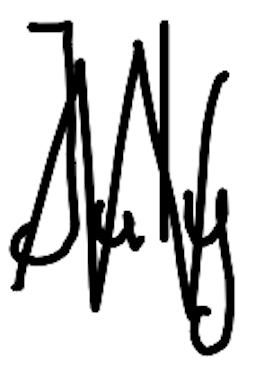
Text: July
Cross-out: zig-zag
Writing tool: digital_black